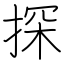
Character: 探